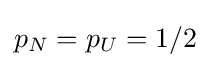
p_{N}=p_{U}=1/2